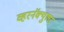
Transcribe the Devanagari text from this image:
व्हरनॅक्युलर